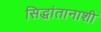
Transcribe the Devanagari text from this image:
सिद्धांतानाशी